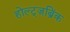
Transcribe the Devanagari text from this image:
होल्ट्ज़ब्रिंक